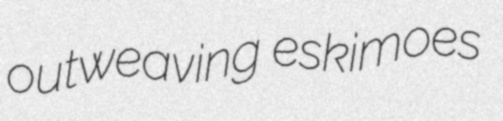
outweaving eskimoes